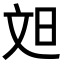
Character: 𬀫